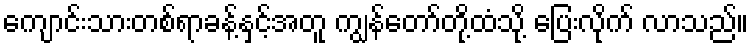
ကျောင်းသားတစ်ရာခန့်နှင့်အတူ ကျွန်တော်တို့ထံသို့ ပြေးလိုက် လာသည်။